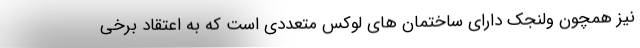
نیز همچون ولنجک دارای ساختمان های لوکس متعددی است که به اعتقاد برخی